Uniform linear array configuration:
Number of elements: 64
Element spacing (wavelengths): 0.75
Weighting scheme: kaiser
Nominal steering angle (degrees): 30
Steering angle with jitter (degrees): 30.193
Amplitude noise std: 0.05
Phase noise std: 0.05

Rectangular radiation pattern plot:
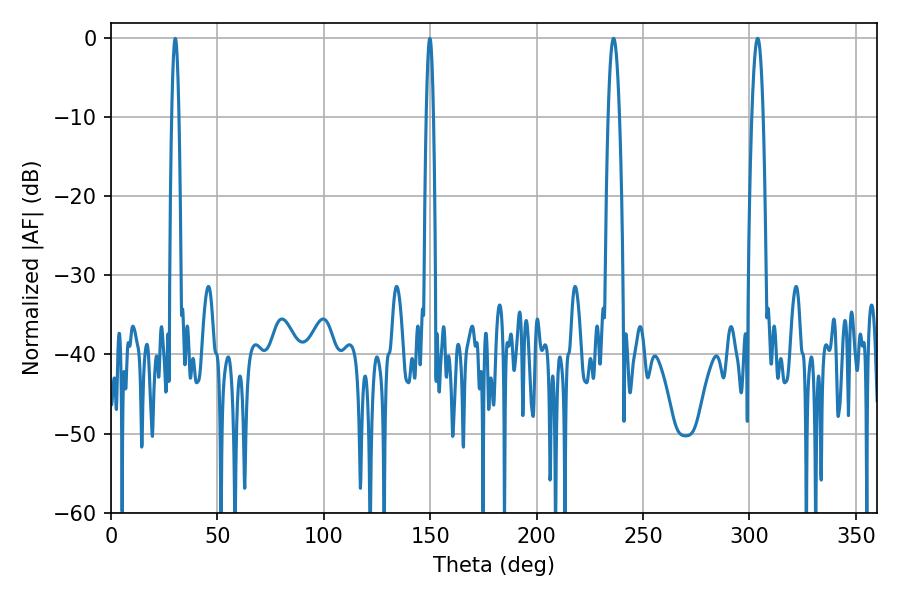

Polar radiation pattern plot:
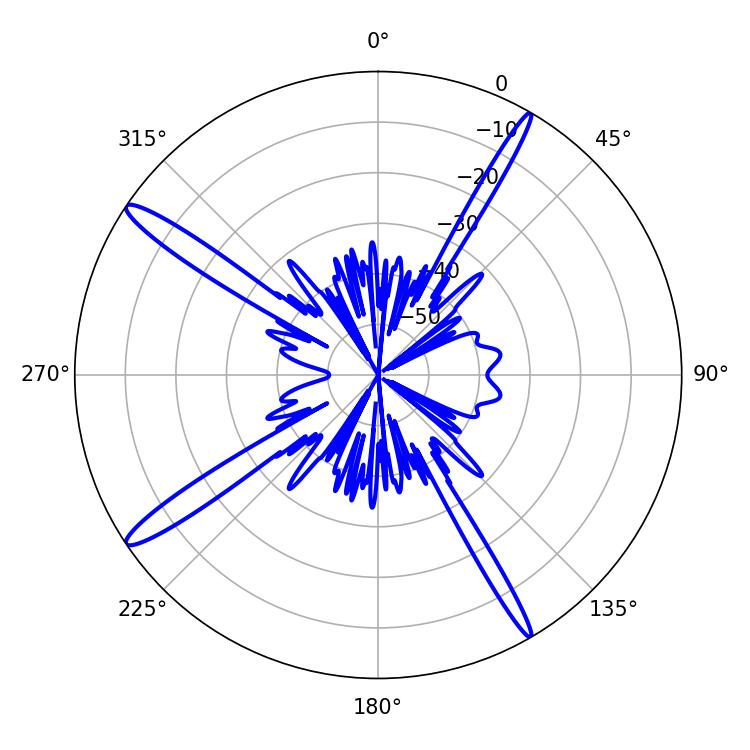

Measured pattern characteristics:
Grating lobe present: TRUE
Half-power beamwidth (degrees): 2.88
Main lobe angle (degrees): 303.84